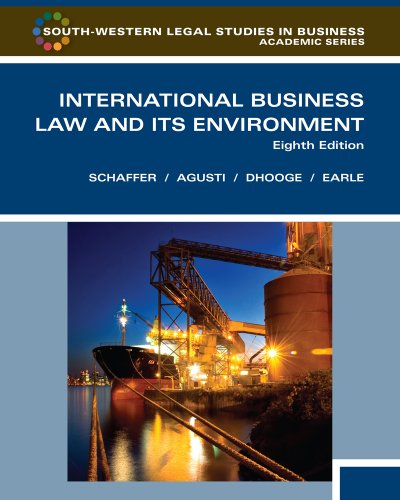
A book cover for International Business Law and Its Environment, Eighth Edition (South-Western Legal Studies in Business Academic Series); Richard Schaffer; Law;